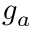
g _ { a }